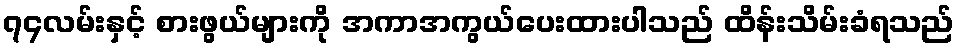
၇၄လမ်းနှင့် စားဖွယ်များကို အကာအကွယ်ပေးထားပါသည် ထိန်းသိမ်းခံရသည်